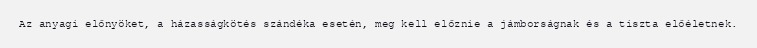
Az anyagi előnyöket, a házasságkötés szándéka esetén, meg kell előznie a jámborságnak és a tiszta előéletnek.